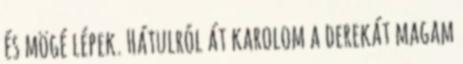
és mögé lépek. Hátulról át karolom a derekát magam